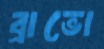
ব্রাভো